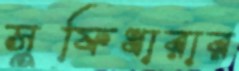
সুফিধারার